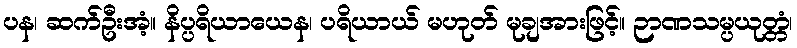
ပန၊ ဆက်ဦးအံ့။ နိပ္ပရိယာယေန၊ ပရိယာယ် မဟုတ် မုချအားဖြင့်။ ဉာဏသမ္ပယုတ္တံ၊